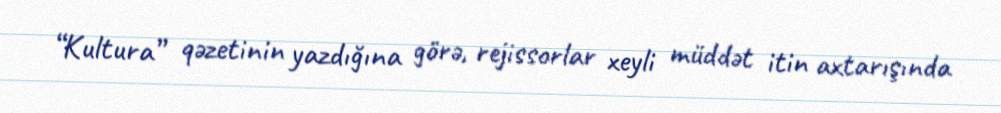
“Kultura” qəzetinin yazdığına görə, rejissorlar xeyli müddət itin axtarışında